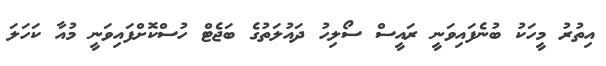
އިތުރު މީހަކު ބުނެފައިވަނީ ރައީސް ސޯލިހު ދައުލަތުގެ ބަޖެޓް ހުސްކޮށްފައިވަނީ މުއާ ކަހަލަ